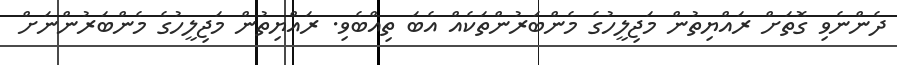
ދެންނެވި ގޮތަށް ރައްޔިތުން މަޖިލީހުގެ މެންބަރުންތަކެއް އެބަ ތިއްބެވި. ރައްޔިތުން މަޖިލީހުގެ މެންބަރުންނަށް